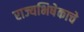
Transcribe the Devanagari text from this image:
राज्यभिषेकाचे